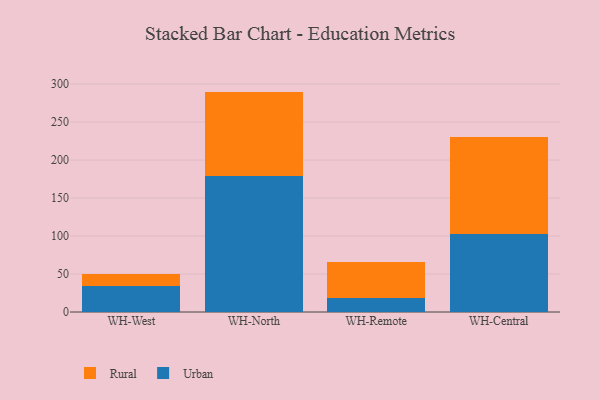
{"axis": {"x": "Warehouse", "y": "Population (Million)"}, "legend": ["Rural", "Urban"], "data": [{"x": "WH-West", "y": 34.0, "type": "Urban"}, {"x": "WH-West", "y": 16.1, "type": "Rural"}, {"x": "WH-North", "y": 179.6, "type": "Urban"}, {"x": "WH-North", "y": 110.5, "type": "Rural"}, {"x": "WH-Remote", "y": 18.4, "type": "Urban"}, {"x": "WH-Remote", "y": 46.8, "type": "Rural"}, {"x": "WH-Central", "y": 102.5, "type": "Urban"}, {"x": "WH-Central", "y": 128.0, "type": "Rural"}]}